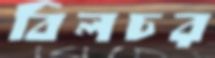
বিলচর